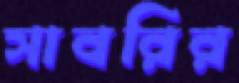
সাবরির